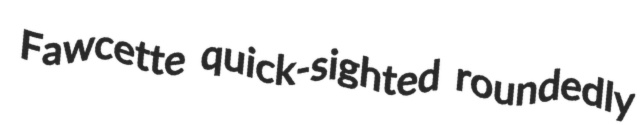
Fawcette quick-sighted roundedly